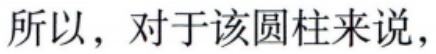
所以，对于该圆柱来说，